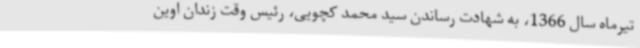
تیرماه سال 1366، به شهادت رساندن سید محمد کچویی، رئیس وقت زندان اوین